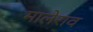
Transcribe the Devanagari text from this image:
मालेराव